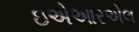
ઇએઆરએલ